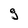
Character: g